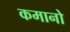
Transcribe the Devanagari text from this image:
कमानो